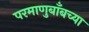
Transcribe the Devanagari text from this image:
परमाणुबाँबच्या